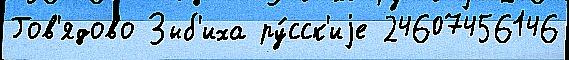
Гов'ядово Зыб'иха ру́сск'иjе 24607456146